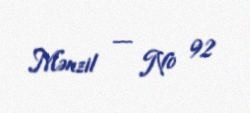
Mənzil — № 92